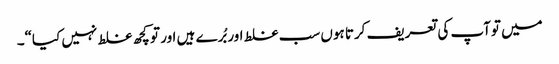
میں توآپ کی تعریف کرتا ہوں سب غلط اور بُرے ہیں اور تو کچھ غلط نہیں کیا“۔